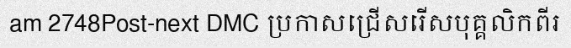
am 2748Post-next DMC ប្រកាសជ្រើសរើសបុគ្គលិកពីរ